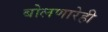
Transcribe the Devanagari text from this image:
बोलणारेही